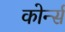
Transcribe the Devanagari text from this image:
कोर्न्स